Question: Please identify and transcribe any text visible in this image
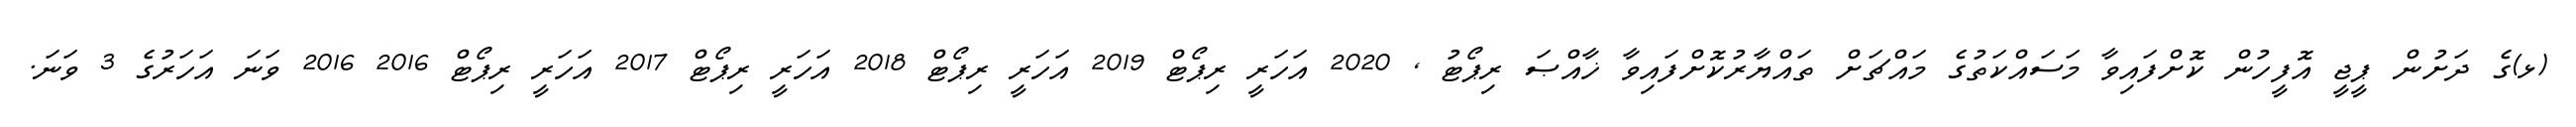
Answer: (ޅ)ގެ ދަށުން ޕީޖީ އޮފީހުން ކޮށްފައިވާ މަސައްކަތުގެ މައްޗަށް ތައްޔާރުކޮށްފައިވާ ޚާއްޞަ ރިޕޯޓު , 2020 އަހަރީ ރިޕޯޓް 2019 އަހަރީ ރިޕޯޓް 2018 އަހަރީ ރިޕޯޓް 2017 އަހަރީ ރިޕޯޓް 2016 2016 ވަނަ އަހަރުގެ 3 ވަނަ.